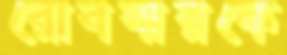
রোববারকে